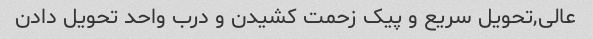
عالی,تحویل سریع و پیک زحمت کشیدن و درب واحد تحویل دادن